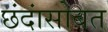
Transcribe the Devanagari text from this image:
छंदांसोबत